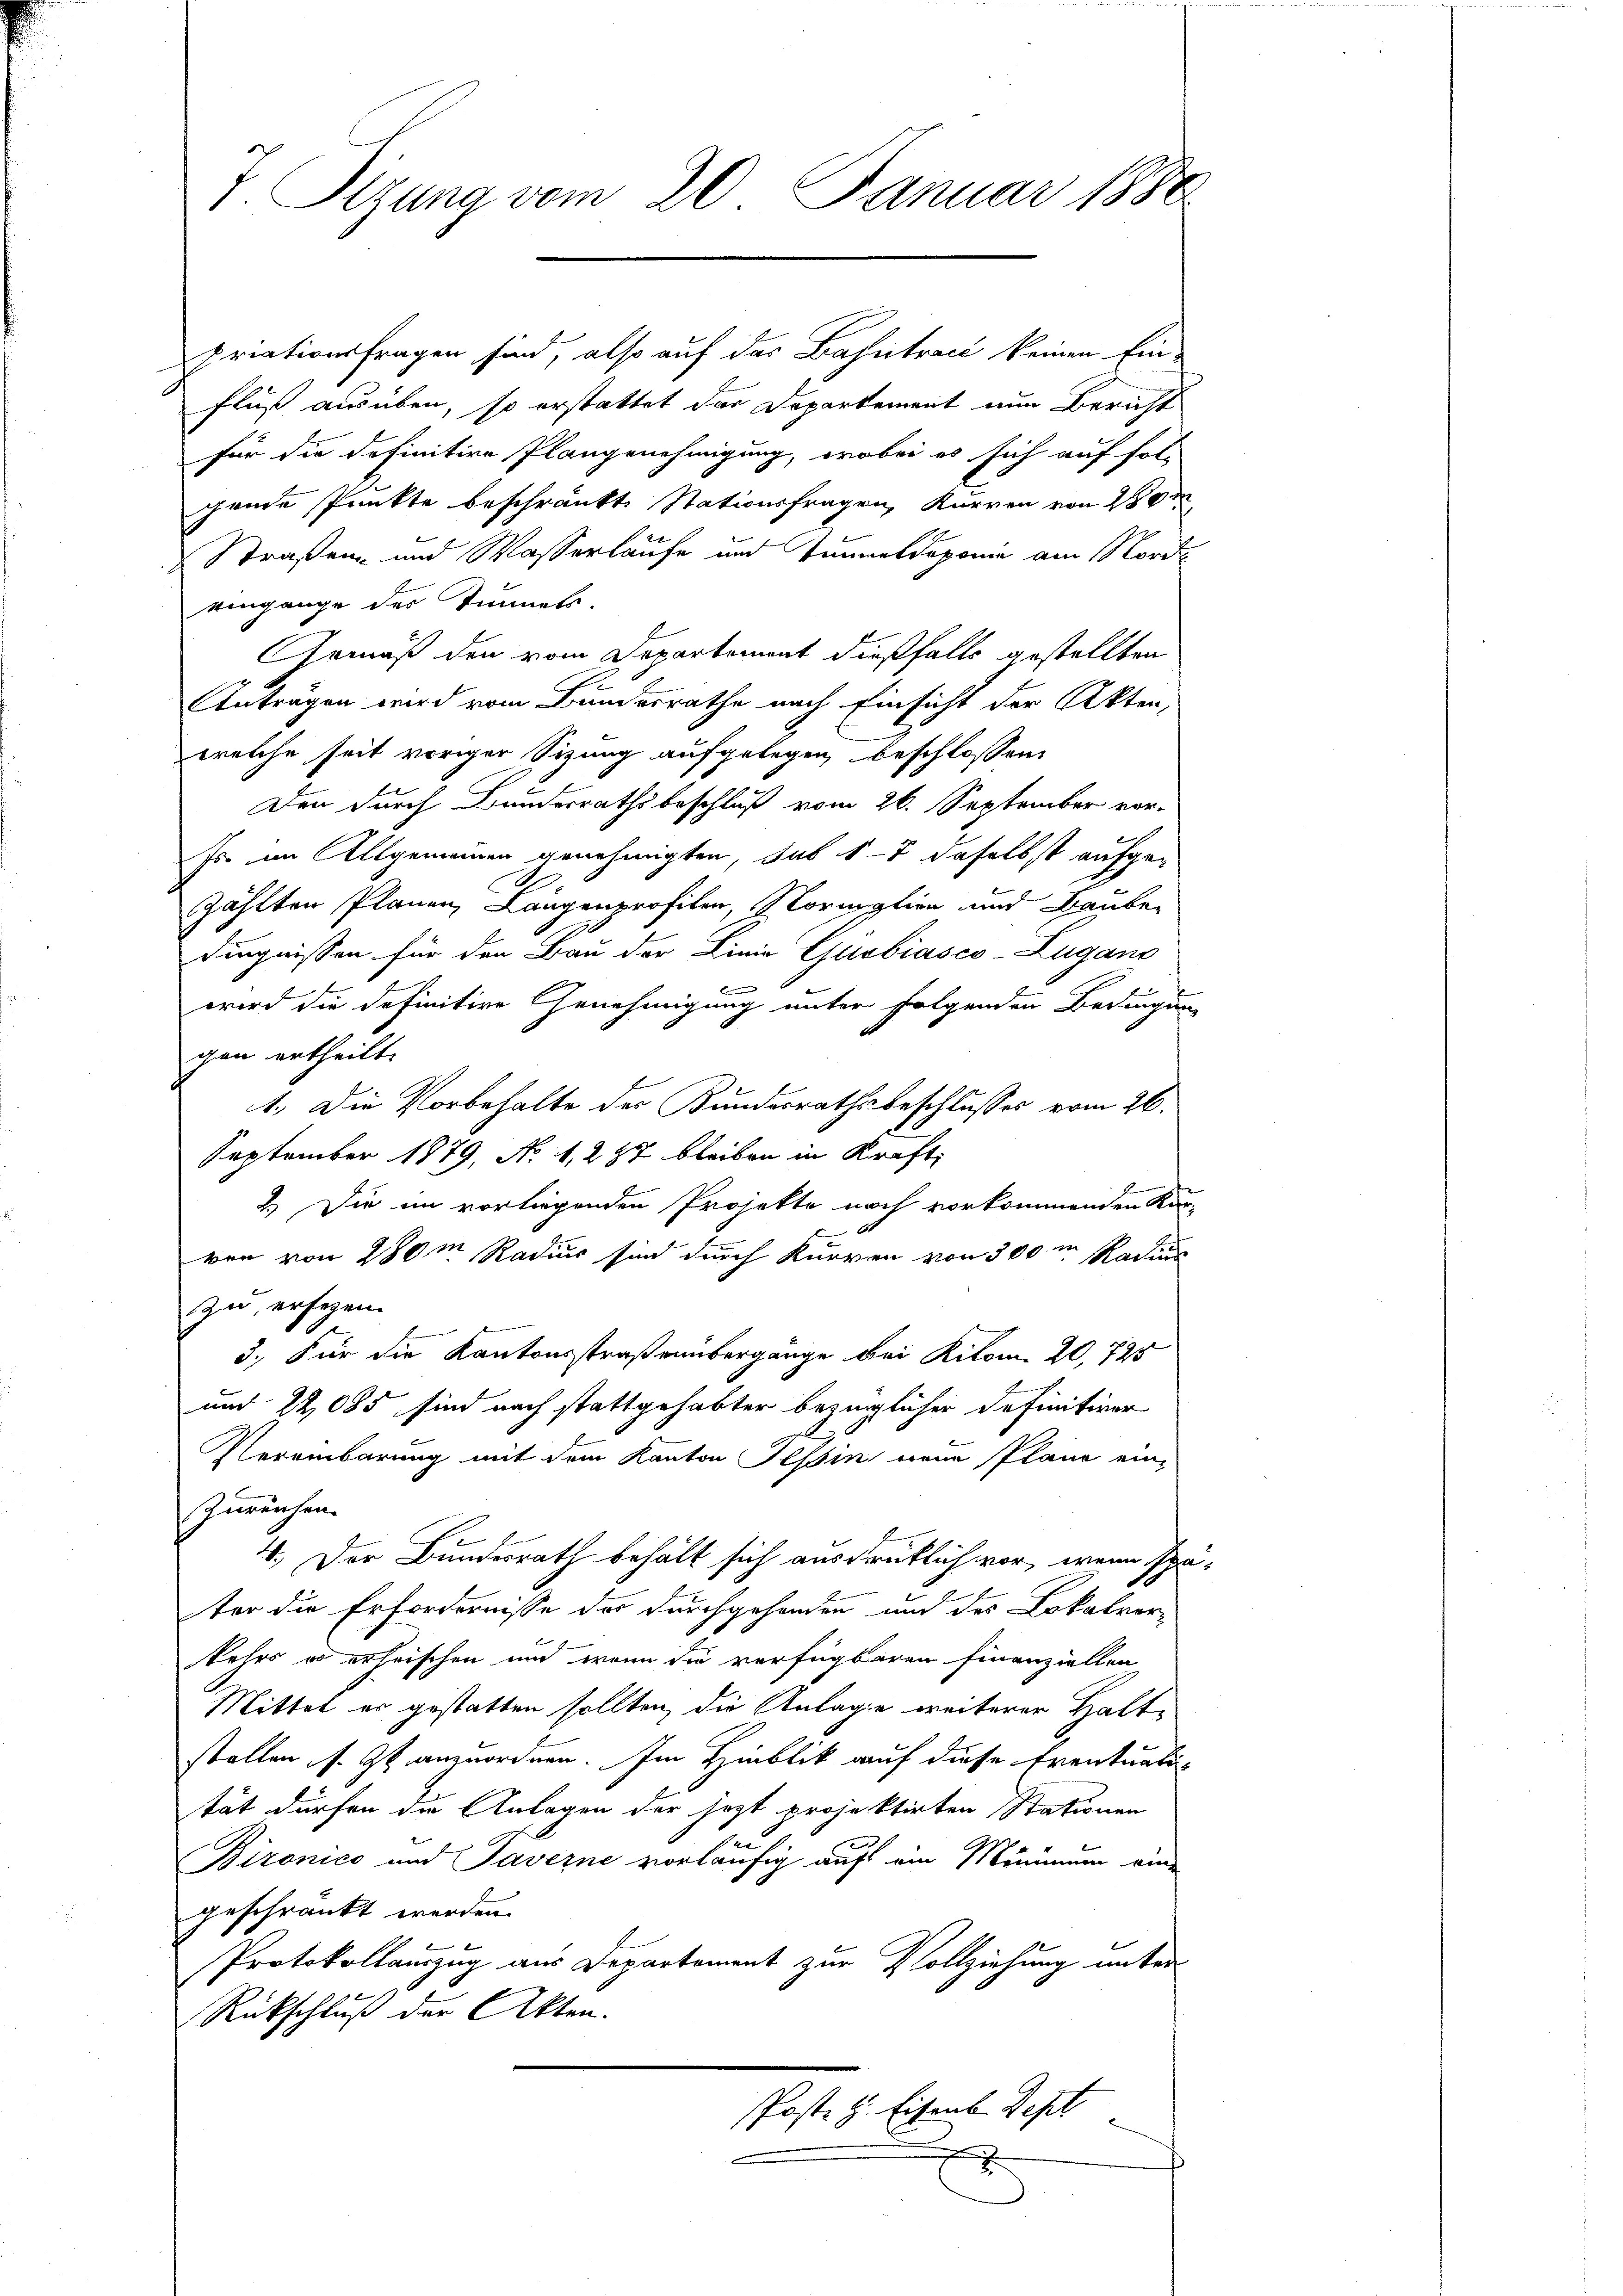
T. Sizung vom 20. Januar 1880

priationsfragen sind, also auf das Bahntract keinen Ein-
Fluß ausüben, so erstattet der Departement nun Bericht
für die definitive Plangenehmigung, wobei es sich auf fol-
gende Punkte beschränkte Stationsfragen, Kurren von 280
Straßen- und Wasserlaufe und Tunnel deponie am Morde
eingange der Tunnels.
Gemäß den vom Departement dießfalls gestellten
Antragen wird vom Bundesrathe nach Einsicht der Akten,
welche seit voriger Sizung aufgelegen, beschlossen,
Den durch Bundesrathsbeschluß vom 26. September vor-
Es im Allgemeinen genehmigten, sub 17 daselbst aufgezählten Planen, Langenprofilen, Normalien und Baube-
dingnissen für den Bau der Linie Globiasco-Lugano
b
wird die definitive Genehmigung unter folgenden Bedingung
gen ertheilt.
1.) Die Vorbehalte des Bundesrathsbeschlusses vom 26.
September 1879, No 1, 257 bleiben in Kraft,
2.) Die im vorliegenden Projekte noch vorkommenden Kar-
ven von 280m Radius sind durch Kurven von 300 m Radius
zu, ersehen.
E
3.) Für die Kantonsstraßenübergange bei Kilom, 20,725
und 22,085 sind nach stattgehabter bezüglicher Definitiver
Vereinbarung mit dem Kanton Tessin neue Pläne ein¬
Zureichen.
4. Der Bundesrath behält sich ausdrüklich vor, wenn spa
ter die Erfordernisse der durchgehenden und des Lokalver-
kehrs wo erheischen und wenn die verfügbaren Finanziellen
Mittel er gestatten sollten, die Anlage weiterer Haltstellen s. Zt. anzuordnen. Im Hinblik auf diese Eventualität dürfen die Anlagen der jezt projektirten Stationen
n
Bironico und Taverne vorläufig auf ein Minimum eine
geschränkt werden.
Protokollauszug aus Departement zur Vollziehung unter
Rückschluß der Akten.
Post. H. Eisenb. Sept

u